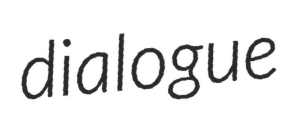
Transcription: dialogue